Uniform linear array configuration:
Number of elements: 8
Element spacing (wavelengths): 0.75
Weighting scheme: hann
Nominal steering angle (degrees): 15
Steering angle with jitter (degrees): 16.586
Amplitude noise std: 0.05
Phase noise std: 0.05

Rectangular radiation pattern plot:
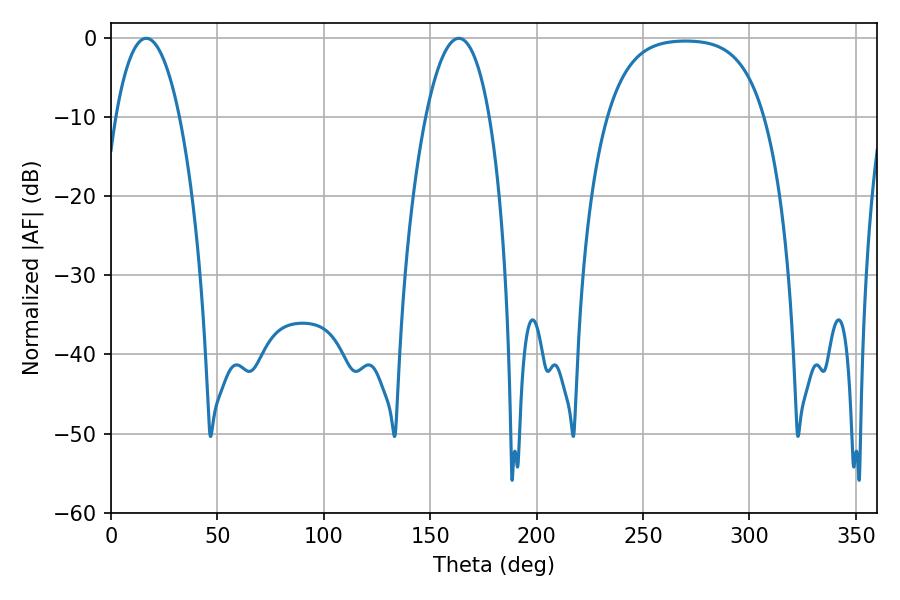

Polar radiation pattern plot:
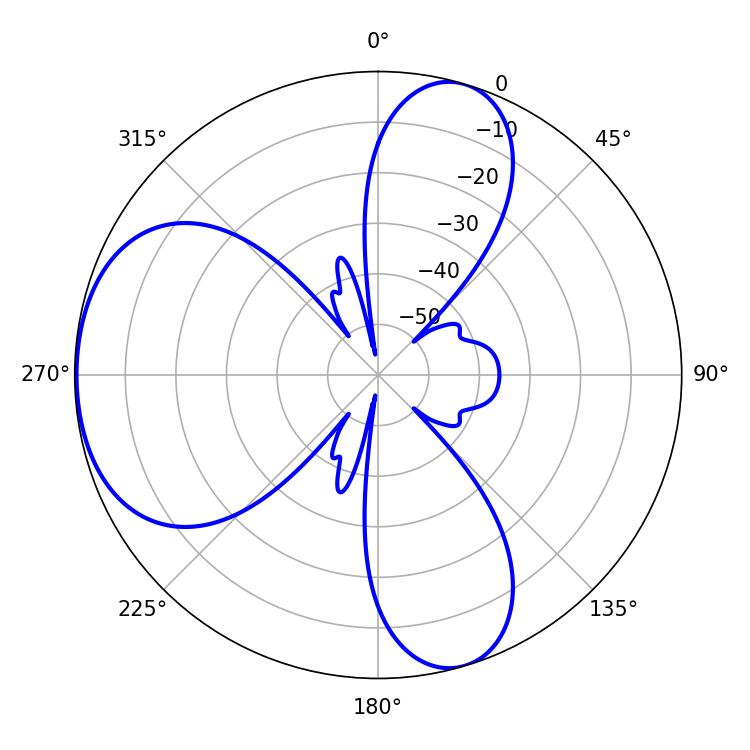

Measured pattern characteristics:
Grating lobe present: TRUE
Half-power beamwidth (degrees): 16.74
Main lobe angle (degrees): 16.56